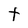
Character: t